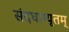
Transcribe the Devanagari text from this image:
संदधाम्यृतम्